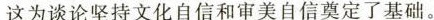
这为谈论坚持文化自信和审美自信奠定了基础。